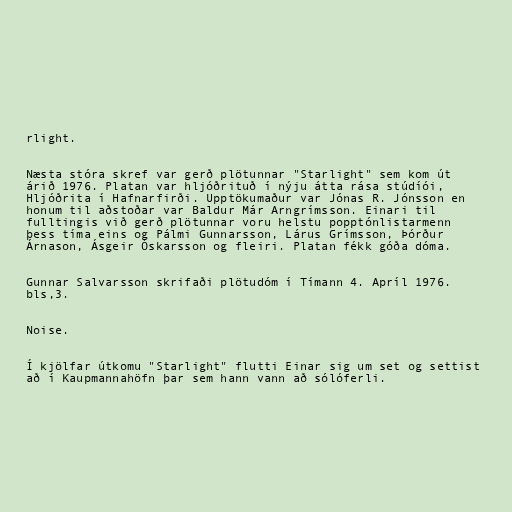
rlight.

Næsta stóra skref var gerð plötunnar "Starlight" sem kom út
árið 1976. Platan var hljóðrituð í nýju átta rása stúdíói,
Hljóðrita í Hafnarfirði. Upptökumaður var Jónas R. Jónsson en
honum til aðstoðar var Baldur Már Arngrímsson. Einari til
fulltingis við gerð plötunnar voru helstu popptónlistarmenn
þess tíma eins og Pálmi Gunnarsson, Lárus Grímsson, Þórður
Árnason, Ásgeir Óskarsson og fleiri. Platan fékk góða dóma.

Gunnar Salvarsson skrifaði plötudóm í Tímann 4. Apríl 1976.
bls,3.

Noise.

Í kjölfar útkomu "Starlight" flutti Einar sig um set og settist
að í Kaupmannahöfn þar sem hann vann að sólóferli.